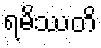
ရမိဿတိ